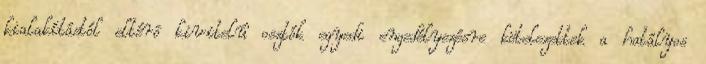
kialakítástól eltérõ kivitelû osztók egyedi engedélyezésre kötelezettek a hatályos